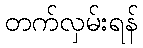
တက်လှမ်းရန်